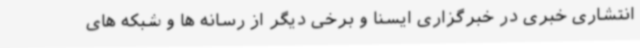
انتشاری خبری در خبرگزاری ایسنا و برخی دیگر از رسانه ها و شبکه های